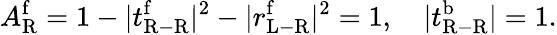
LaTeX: A_{\mathrm{R}}^{\mathrm{f}}=1-|t_{\mathrm{R-R}}^{\mathrm{f}}|^{2}-|r_{\mathrm{L-R}}^{\mathrm{f}}|^{2}=1,\quad|t_{\mathrm{R-R}}^{\mathrm{b}}|=1.